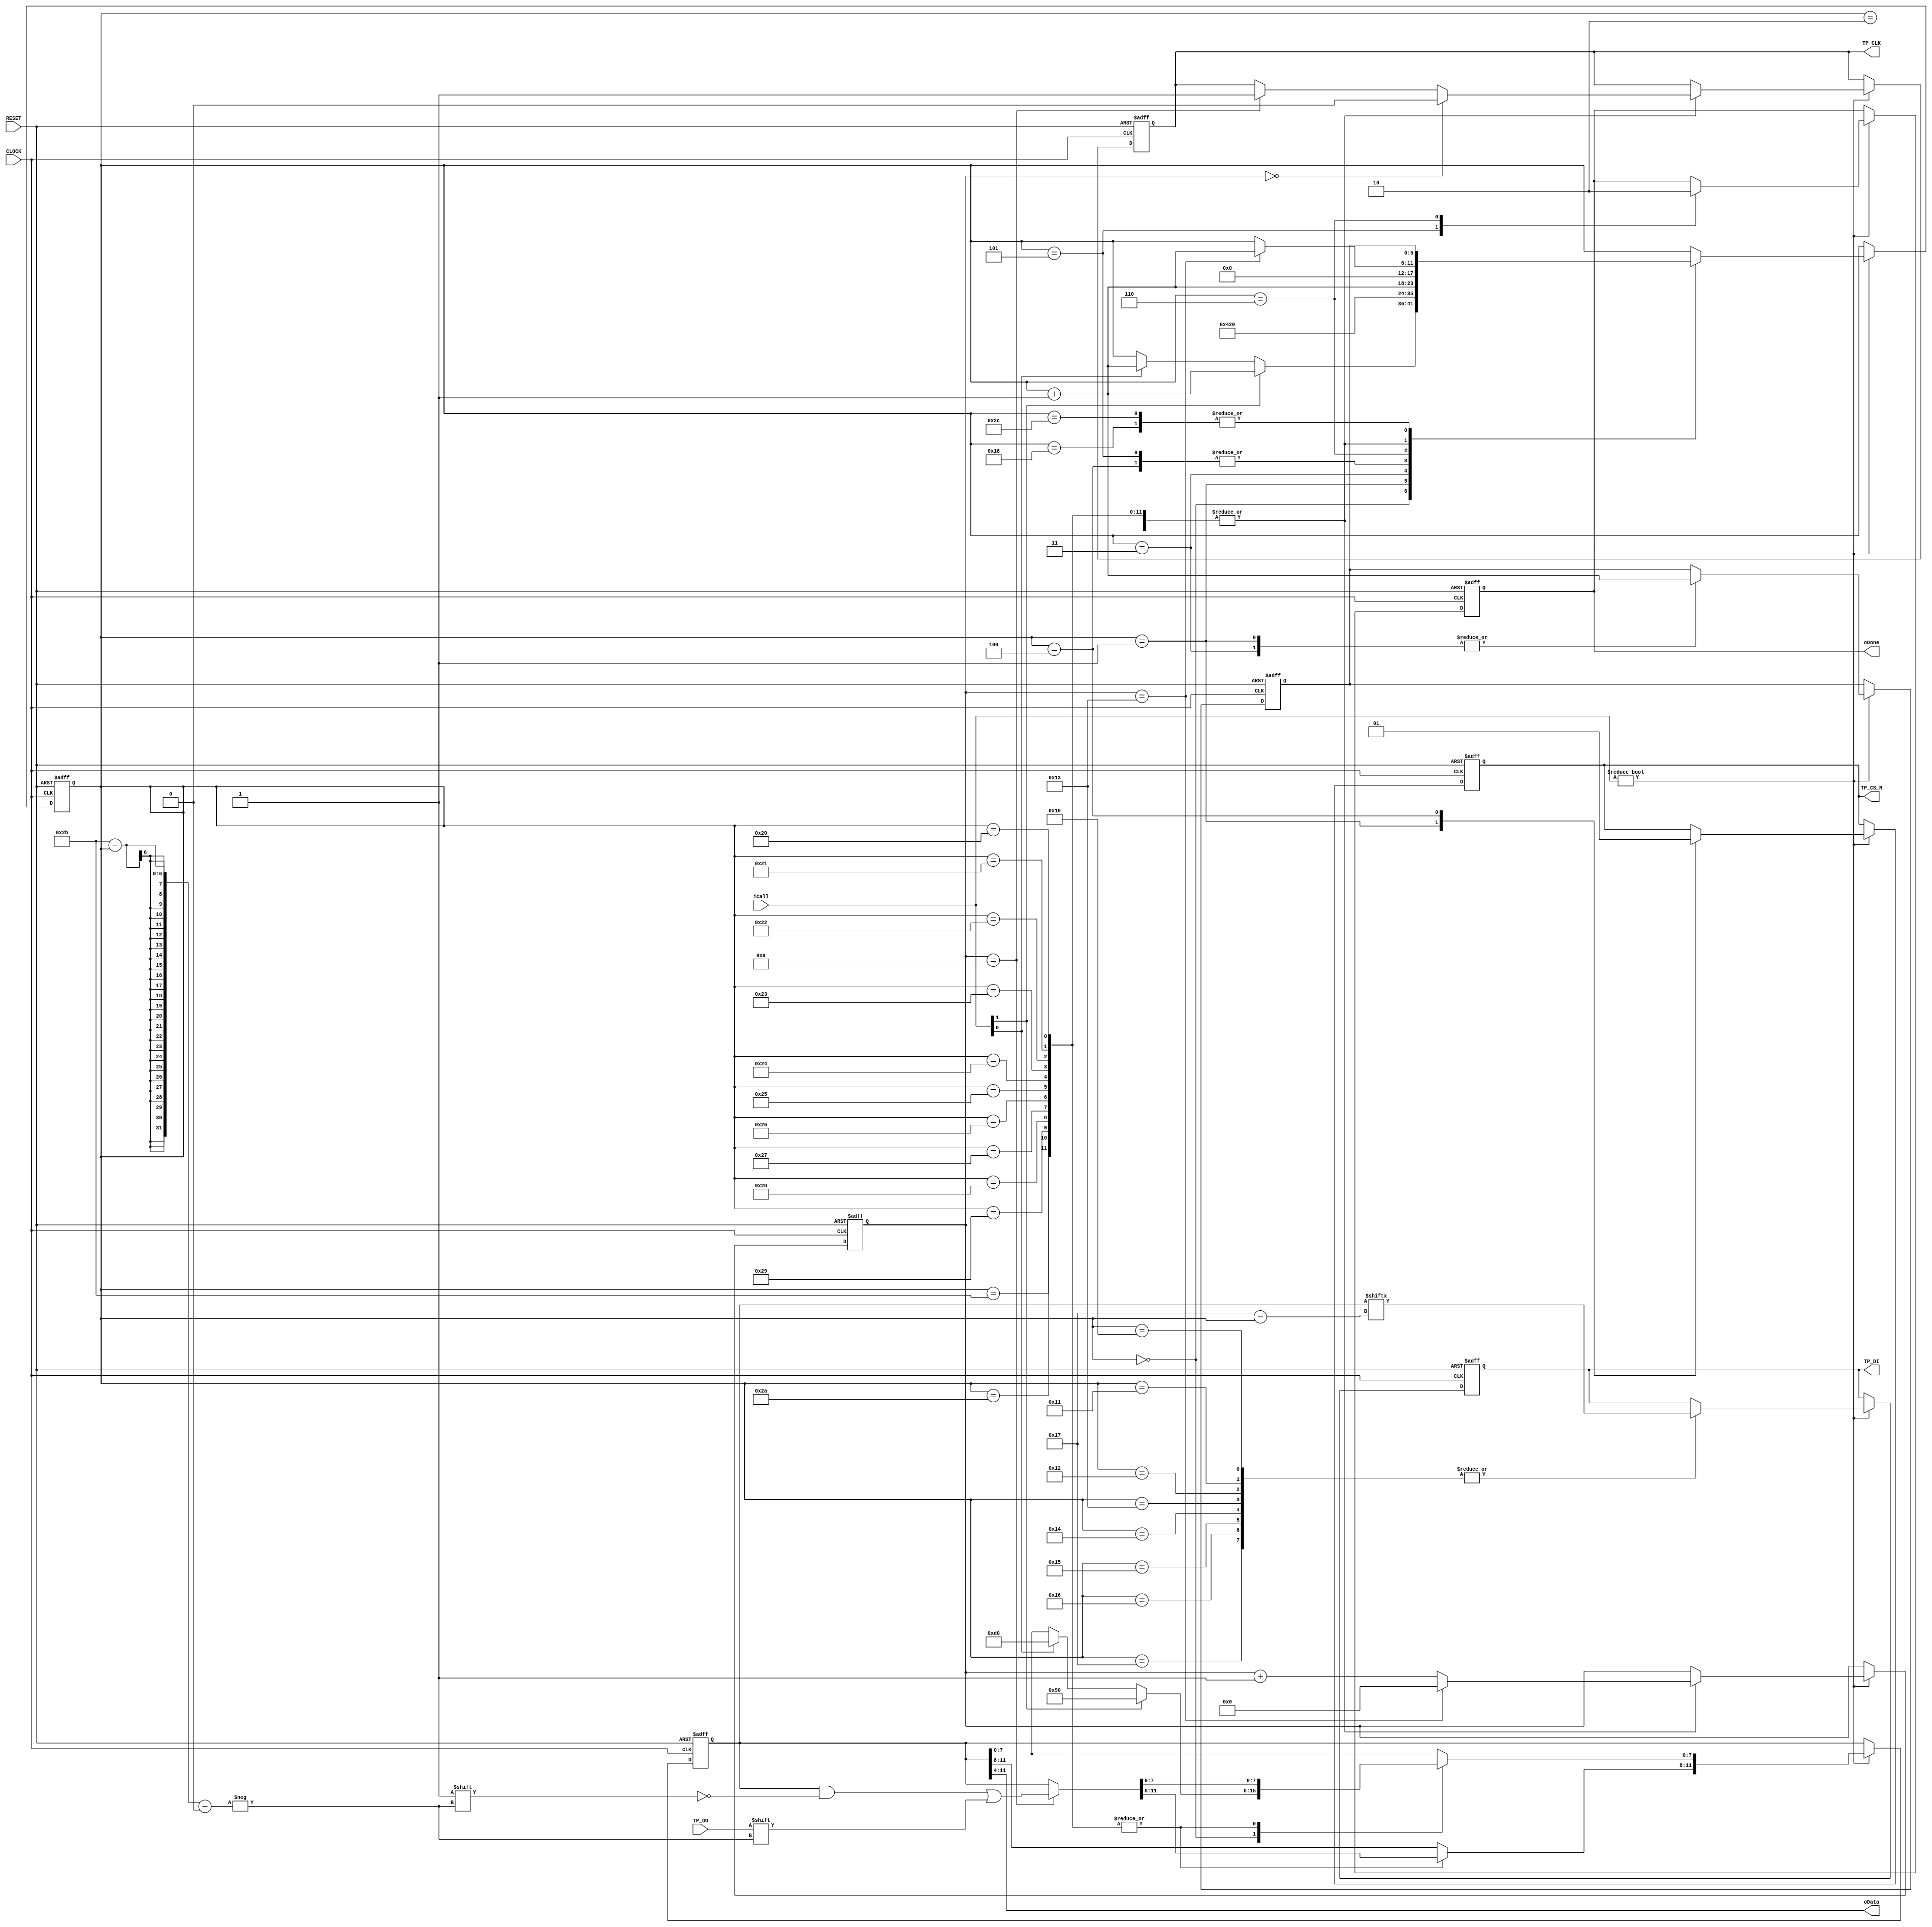
module touch_funcmod
(
    input CLOCK,RESET,
	 output TP_CS_N,
	 output TP_CLK,
	 output TP_DI,
	 input TP_DO,
	 
	 input [1:0]iCall,
	 output oDone,
	 output [7:0]oData
);
     parameter FCLK = 8'd20, FHALF = 8'd10; // 2.5Mhz 
	 parameter WRFUNC = 6'd16, RDFUNC = 6'd32;

    reg [5:0]i,Go;
	 reg [11:0]D1;
	 reg [7:0]C1;
	 reg rCS,rCLK,rDI;
	 reg isDone;
	 
	 always @ ( posedge CLOCK or negedge RESET )
	    if( !RESET )
		     begin
			      { i,Go } <= { 6'd0, 6'd0 };
					D1 <= 12'd0;
					C1 <= 8'd0;
					{ rCS,rCLK,rDI } <= 3'b111;
					isDone <= 1'b0;
			  end
		 else if( iCall )
		     case( i )
			  
			      0: // [1] Read 12bit X, [0],Read 12 bit Y
					if( iCall[1] ) begin D1[7:0] <= 8'h90; i <= i + 1'b1; end
					else if( iCall[0] ) begin D1[7:0] <= 8'hd0; i <= i + 1'b1; end
					
					1: // Write byte
					begin rCS <= 1'b0; i <= WRFUNC; Go <= i + 1'b1; end
					
					2:  // Wait Busy 
					begin
						 if( C1 == 0 ) rCLK <= 1'b0;
						 else if( C1 == FHALF ) rCLK <= 1'b1;
					    
					    if( C1 == FCLK -1) begin C1 <= 8'd0; i <= i + 1'b1; end
						 else begin C1 <= C1 + 1'b1; end
					end
					
					3: // Read 12 bit
					begin i <= RDFUNC; Go <= i + 1'b1; end
					
					4:
					begin rCS <= 1'b1; i <= i + 1'b1; end
					
					5:
					begin isDone <= 1'b1; i <= i + 1'b1; end
					
					6:
					begin isDone <= 1'b0; i <= 6'd0; end
			      
					/********************/
					
			      16,17,18,19,20,21,22,23:
					begin
					    rDI <= D1[23-i];
						 
					    if( C1 == 0 ) rCLK <= 1'b0;
						 else if( C1 == FHALF ) rCLK <= 1'b1;
					    
					    if( C1 == FCLK -1) begin C1 <= 8'd0; i <= i + 1'b1; end
						 else begin C1 <= C1 + 1'b1; end
					end
					
					24:
					i <= Go;
					
					/********************/
					
					32,33,34,35,36,37,38,39,40,41,42,43:
					begin 
					    if( C1 == FHALF ) D1[43-i] <= TP_DO;
						 
						 if( C1 == 0 ) rCLK <= 1'b0;
						 else if( C1 == FHALF ) rCLK <= 1'b1;
					    
					    if( C1 == FCLK -1) begin C1 <= 8'd0; i <= i + 1'b1; end
						 else begin C1 <= C1 + 1'b1; end
					end
					
					44:
					i <= Go;
			  
			  endcase
			  
		assign TP_CS_N = rCS;
		assign TP_CLK = rCLK;
		assign TP_DI = rDI;
		assign oDone = isDone;
		assign oData = D1[11:4];

endmodule